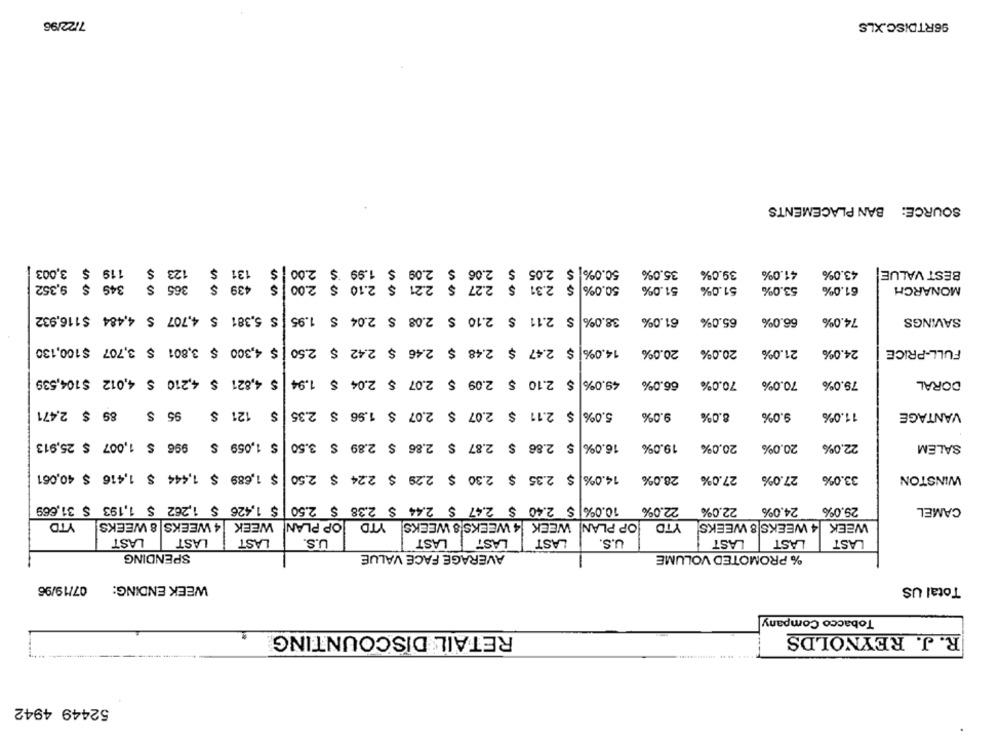
7/22/96
96RTDISC.XLS
SOURCE: BAN PLACEMENTS
119 $ 3,003
123 $
50.0% $ 2.05 $ 2.06 $ 2.09 $ 1.99 $ 2.00 $ 131 $
35.0%
39.0%
41.0%
43.0%
BEST VALUE
$ 2.31 $ 2.27 $ 2.21 $ 2.10 $ 2.00
$ 439 $ 365 $ 349 $ 9,352
50.0%
51.0%
51.0%
53.0%
61.0%
MONARCH
$ 2.11 $ 2.10 $ 2.08 $ 2.04 $ 1.95 $ 5,381 $ 4,707 $ 4,484 $116,932
38.0%
61.0%
65.0%
66.0%
74.0%
SAVINGS
$ 4,300 $ 3,801 $ 3,707 $100,130
14.0% $ 2.47 $ 2.48 $ 2.46 $ 2.42 $ 2.50
20.0%
20.0%
21.0%
FULL-PRICE
24.0%
$ 4,821 $ 4,210 $ 4,012 $104,539
$ 2.10 $ 2.09 $ 2.07 $ 2.04 $ 1.94
49.0%
66.0%
70.0%
70.0%
79.0%
DORAL
$ 121 $ 95 $ 89 $ 2.471
$ 2.11 $ 2.07 $ 2.07 $ 1.96 $ 2.35
5.0%
9.0%
8.0%
9.0%
11.0%
VANTAGE
$ 1,059 $ 996 $ 1,007 $ 25,913
$ 2.86 $ 2.87 $ 2.86 $ 2.89 $ 3.50
16.0%
19.0%
20.0%
20.0%
22.0%
SALEM
$ 1,689 $ 1,444 $ 1,416 $ 40,061
14.0% $ 2.35 $ 2.30 $ 2.29 $ 2.24 $ 2.50
28.0%
33.0%
WINSTON
27.0%
27.0%
$ 1,426 $ 1,262 $ 1,193 $ 31,669
10.0% $ 2.40 $ 2.47 $ 2.44 $ 2.38 $ 2.50
22.0%
22.0%
24,0%
29.0%
CAMEL
YTD
JOP PLAN WEEK |4 WEEKS 8 WEEKS!
YTD
OP PLAN WEEK 4 WEEKS 8 WEEKS
YTD
4 WEEKS 8 WEEKS
WEEK
LAST
LAST
LAST
U.S.
LAST
LAST
LAST
U.S.
LAST
LAST
LAST
SPENDING
AVERAGE FACE VALUE
% PROMOTED VOLUME
07/19/96
WEEK ENDING:
Total US
Tobacco Company
RETAIL DISCOUNTING
R. J. REYNOLDS
52449 4942